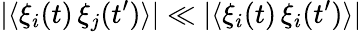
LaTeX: |\langle\xi_{i}(t)\, \xi_{j}(t^{\prime})\rangle|\ll|\langle\xi_{i}(t)\, \xi_{i}(t^{\prime})\rangle|